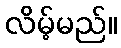
လိမ့်မည်။